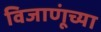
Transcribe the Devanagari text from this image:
विजाणूंच्या